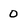
Character: 0